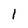
Character: 1